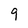
Character: 9